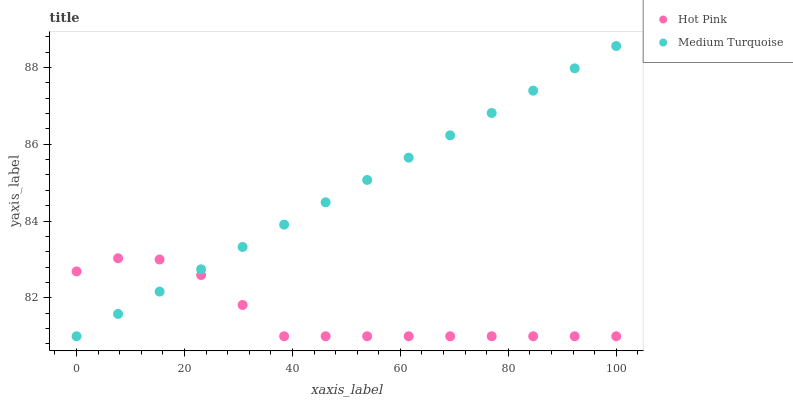
| xaxis_label | Hot Pink | Medium Turquoise |
 | --- | --- | --- |
 | 0 | 82.7 | 81 |
 | 7.69 | 83 | 81.6 |
 | 15.4 | 83 | 82.2 |
 | 23.1 | 82.6 | 82.7 |
 | 30.8 | 81.8 | 83.3 |
 | 38.5 | 81 | 83.9 |
 | 46.2 | 81 | 84.5 |
 | 53.8 | 81 | 85.1 |
 | 61.5 | 81 | 85.6 |
 | 69.2 | 81 | 86.2 |
 | 76.9 | 81 | 86.8 |
 | 84.6 | 81 | 87.4 |
 | 92.3 | 81 | 88 |
 | 100 | 81 | 88.6 |